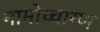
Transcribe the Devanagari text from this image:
नामोच्चारण